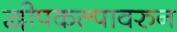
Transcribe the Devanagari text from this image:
द्वीपकल्पावरुन